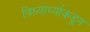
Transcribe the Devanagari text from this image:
विध्यार्थ्याकडून